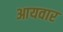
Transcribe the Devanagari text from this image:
आयवार